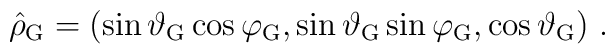
\hat \rho_{\rm G}    = \left( \sin\vartheta_{\rm G} \cos\varphi_{\rm G},            \sin\vartheta_{\rm G} \sin\varphi_{\rm G},            \cos\vartheta_{\rm G}     \right) \,.